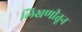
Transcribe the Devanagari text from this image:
लिखणीतून